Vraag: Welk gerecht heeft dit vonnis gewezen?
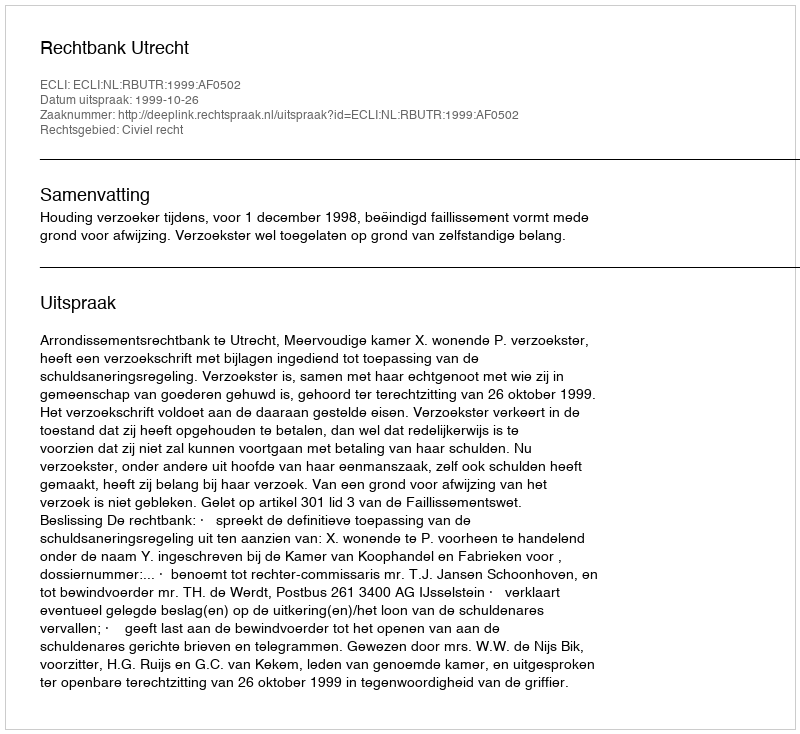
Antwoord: Rechtbank Utrecht